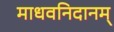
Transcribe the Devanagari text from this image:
माधवनिदानम्